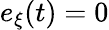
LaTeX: e_{\xi}(t)=0